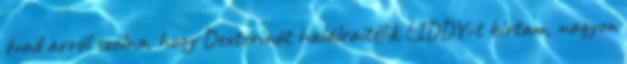
évad arról szólna, hogy Dexterinót halálraítélik LIDDY-t bírtam, nagyon